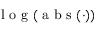
\mathrm { ~ l ~ o ~ g ~ } ( \mathrm { ~ a ~ b ~ s ~ } ( \cdot ) )